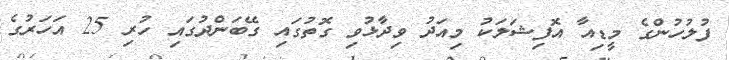
ފުލުހުންގެ މީޑިއާ އޮފިޝަލަކު މިއަދު ވިދާޅުވި ގޮތުގައި ގޭބަންދުގައި ހުރި 25 އަހަރުގެ